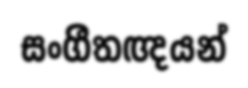
සංගීතඥයන්